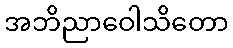
အဘိညာဝေါသိတော